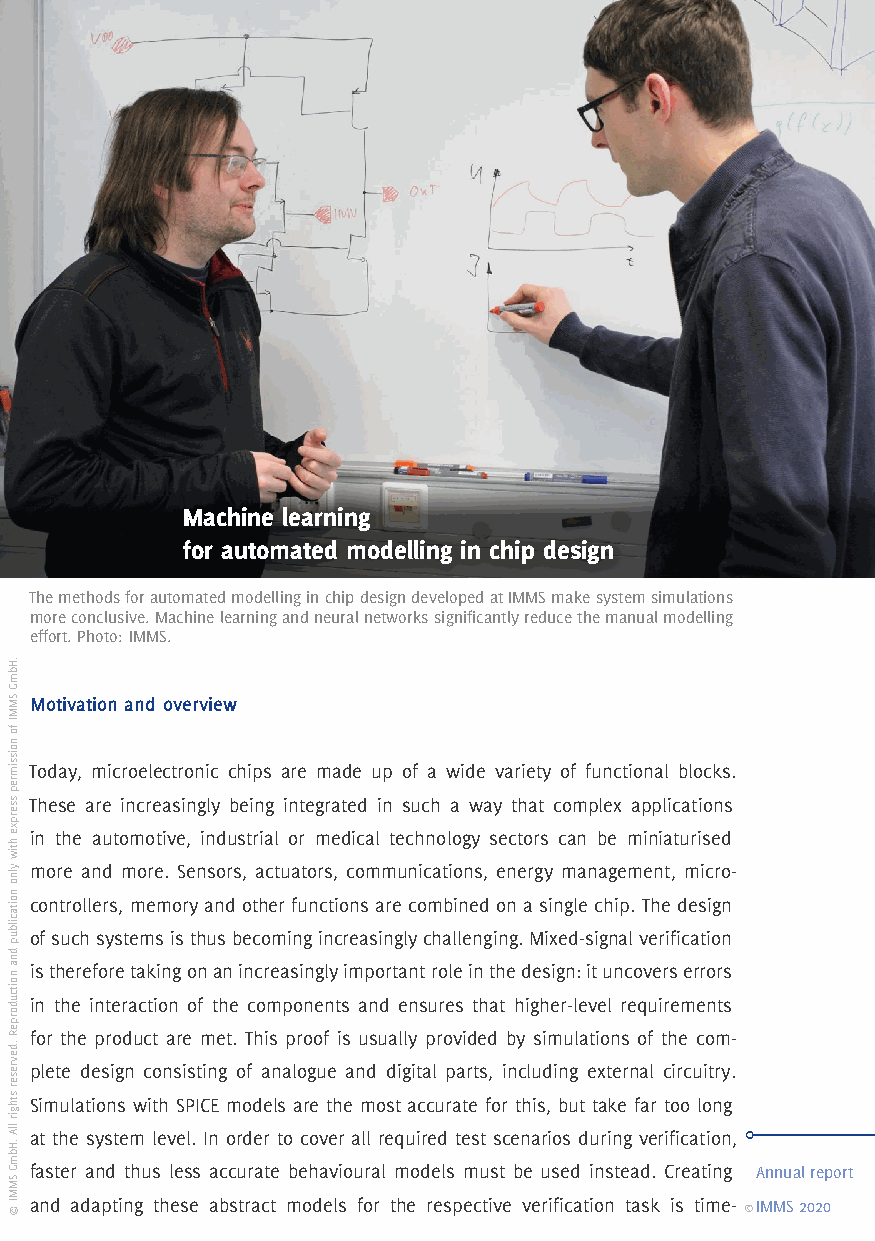
43
 > Integrated
 sensor systems
 > Distributed
 measurement +
 test systems
 > Mag6D nm
 direct drives
 > Contents
 * Funding
 Machine learning
 for automated modelling in chip design
 The methods for automated modelling in chip design developed at IMMS make system simulations
 more conclusive. Machine learning and neural networks significantly reduce the manual modelling
 effort. Photo: IMMS.
 Motivation and overview
 Today, microelectronic chips are made up of a wide variety of functional blocks.
 These are increasingly being integrated in such a way that complex applications
 in the automotive, industrial or medical technology sectors can be miniaturised
 more and more. Sensors, actuators, communications, energy management, micro-
 controllers, memory and other functions are combined on a single chip. The design
 of such systems is thus becoming increasingly challenging. Mixed-signal verification
 is therefore taking on an increasingly important role in the design: it uncovers errors
 in the interaction of the components and ensures that higher-level requirements
 for the product are met. This proof is usually provided by simulations of the com-
 plete design consisting of analogue and digital parts, including external circuitry.
 Simulations with SPICE models are the most accurate for this, but take far too long
 at the system level. In order to cover all required test scenarios during verification,
 faster and thus less accurate behavioural models must be used instead. Creating Annual report
 and adapting these abstract models for the respective verification task is time- ©IMMS 2020
 .HbmG
 SMMI
 fo
 noissimrep
 sserpxe
 htiw
 ylno
 noitacilbup
 dna
 noitcudorpeR
 .devreser
 sthgir
 llA
 .HbmG
 SMMI
 ©